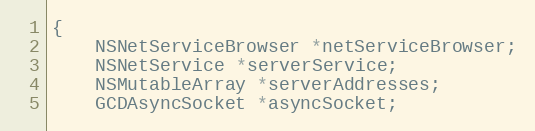
Language: C
{
	NSNetServiceBrowser *netServiceBrowser;
	NSNetService *serverService;
	NSMutableArray *serverAddresses;
	GCDAsyncSocket *asyncSocket;